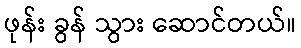
ဖုန်း ခွန် သွား ဆောင်တယ်။